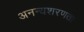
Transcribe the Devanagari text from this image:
अनन्यशरणता